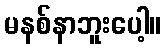
မနစ်နာဘူးပေါ့။